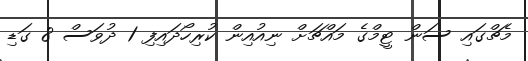
މެޗްގައި ސަން ޓީމްގެ މައްޗަށް ނިއުއިން ކުރިހޯދައިފި 1 ދުވަސް 8 ގަޑި